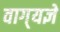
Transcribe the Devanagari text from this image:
वाग्‌यज्ञे